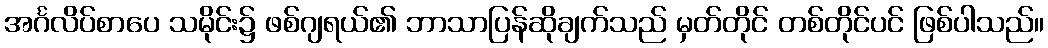
အင်္ဂလိပ်စာပေ သမိုင်း၌ ဖစ်ဂျရယ်၏ ဘာသာပြန်ဆိုချက်သည် မှတ်တိုင် တစ်တိုင်ပင် ဖြစ်ပါသည်။